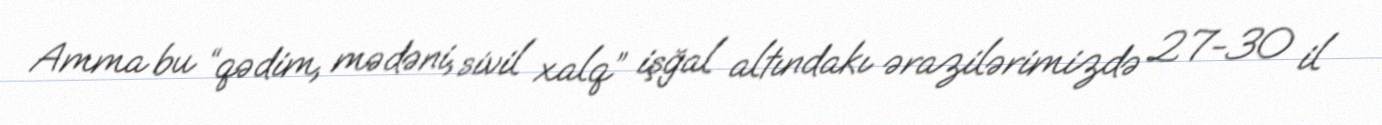
Amma bu “qədim, mədəni, sivil xalq” işğal altındakı ərazilərimizdə 27-30 il